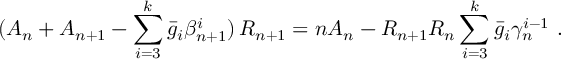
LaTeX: ( A _ { n } + A _ { n + 1 } - \sum _ { i = 3 } ^ { k } \bar { g } _ { i } \beta _ { n + 1 } ^ { i } ) \, R _ { n + 1 } = n A _ { n } - R _ { n + 1 } R _ { n } \sum _ { i = 3 } ^ { k } \bar { g } _ { i } \gamma _ { n } ^ { i - 1 } \ .